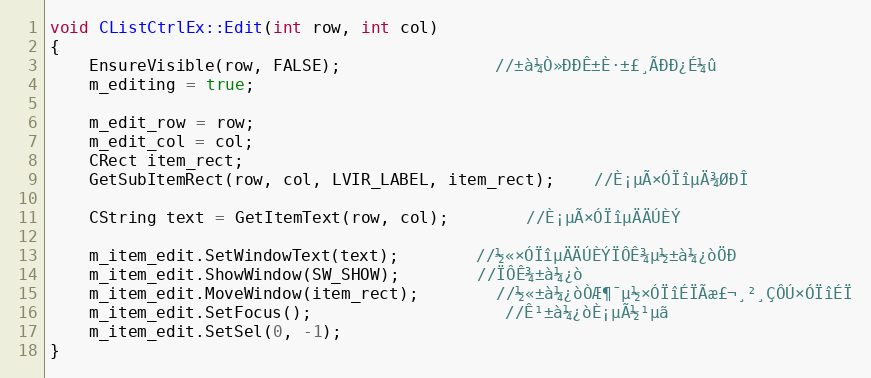
Language: C++
void CListCtrlEx::Edit(int row, int col)
{
    EnsureVisible(row, FALSE);				//±à¼­Ò»ÐÐÊ±È·±£¸ÃÐÐ¿É¼û
    m_editing = true;

    m_edit_row = row;
    m_edit_col = col;
    CRect item_rect;
    GetSubItemRect(row, col, LVIR_LABEL, item_rect);	//È¡µÃ×ÓÏîµÄ¾ØÐÎ

    CString text = GetItemText(row, col);		//È¡µÃ×ÓÏîµÄÄÚÈÝ

    m_item_edit.SetWindowText(text);		//½«×ÓÏîµÄÄÚÈÝÏÔÊ¾µ½±à¼­¿òÖÐ
    m_item_edit.ShowWindow(SW_SHOW);		//ÏÔÊ¾±à¼­¿ò
    m_item_edit.MoveWindow(item_rect);		//½«±à¼­¿òÒÆ¶¯µ½×ÓÏîÉÏÃæ£¬¸²¸ÇÔÚ×ÓÏîÉÏ
    m_item_edit.SetFocus();					//Ê¹±à¼­¿òÈ¡µÃ½¹µã
    m_item_edit.SetSel(0, -1);
}